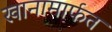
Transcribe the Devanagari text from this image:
खानामार्फत